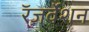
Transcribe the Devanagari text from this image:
रॅज़र्वेशन